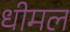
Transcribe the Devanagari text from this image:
धीमल